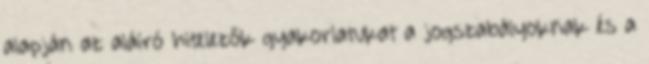
alapján az aláíró hitelezők gyakorlatukat a jogszabályoknak és a